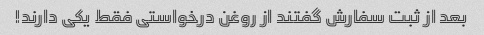
بعد از ثبت سفارش گفتند از روغن درخواستی فقط یکی دارند!